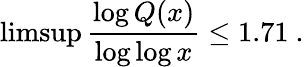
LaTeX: \operatorname*{limsup}{\frac{\log Q(x)}{\log\log x}}\leq 1.71\ .